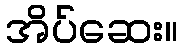
အိပ်ဆေး။